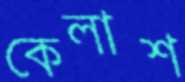
কেলাশ